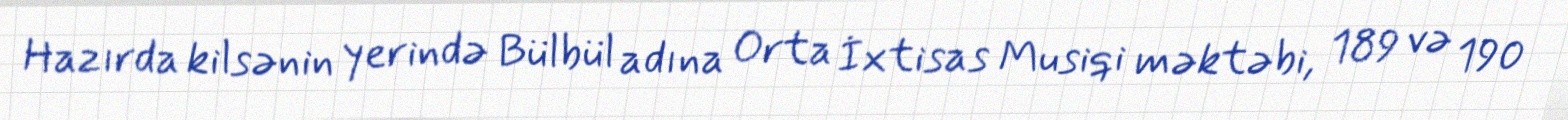
Hazırda kilsənin yerində Bülbül adına Orta İxtisas Musiqi məktəbi, 189 və 190